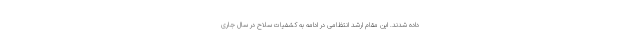
داده شدند. این مقام ارشد انتظامی در ادامه به کشفیات سلاح در سال جاری